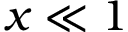
x \ll 1